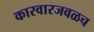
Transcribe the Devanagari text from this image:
कारवारजवळच